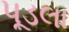
પૂડલા